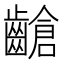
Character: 𪙎